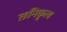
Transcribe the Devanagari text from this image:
तःनिकृत्य